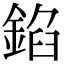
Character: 錎